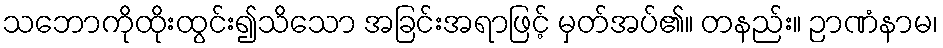
သဘောကိုထိုးထွင်း၍သိသော အခြင်းအရာဖြင့် မှတ်အပ်၏။ တနည်း။ ဉာဏံနာမ၊